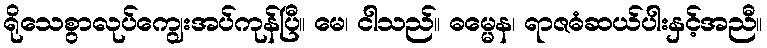
ရိုသေစွာလုပ်ကျွေးအပ်ကုန်ပြီ။ မေ၊ ငါသည်။ ဓမ္မေန၊ ရာဇဓံဆယ်ပါးနှင့်အညီ။